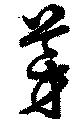
芽